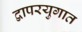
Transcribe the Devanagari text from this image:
द्वापरयुगात